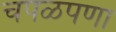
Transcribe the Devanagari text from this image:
चपळपणा